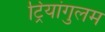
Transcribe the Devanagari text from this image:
ट्रियांगुलम